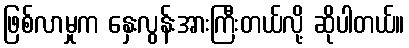
ဖြစ်လာမှုက နှေးလွန်းအားကြီးတယ်လို့ ဆိုပါတယ်။